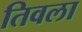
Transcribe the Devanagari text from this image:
तिवला